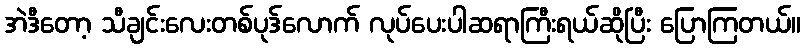
အဲဒီတော့ သီချင်းလေးတစ်ပုဒ်လောက် လုပ်ပေးပါဆရာကြီးရယ်ဆိုပြီး ပြောကြတယ်။